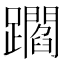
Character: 𨇝